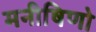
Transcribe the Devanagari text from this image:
मनीषिणो